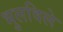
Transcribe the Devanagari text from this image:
भुलविले